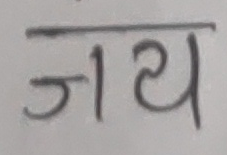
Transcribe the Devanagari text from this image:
जय